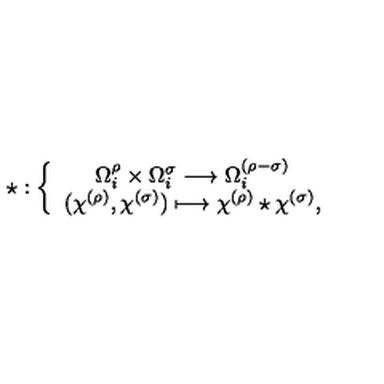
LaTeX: \star : \left\{ \begin{array} { c } { \Omega _ { i } ^ { \rho } \times \Omega _ { i } ^ { \sigma } \longrightarrow \Omega _ { i } ^ { ( \rho - \sigma ) } } \\ { ( \chi ^ { ( \rho ) } , \chi ^ { ( \sigma ) } ) \longmapsto \chi ^ { ( \rho ) } \star \chi ^ { ( \sigma ) } , } \\ \end{array} \right.